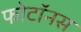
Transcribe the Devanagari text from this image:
फोटॉनस